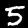
Digit: 5